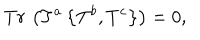
T r \, \left( T ^ { a } \left\{ T ^ { b } , T ^ { c } \right\} \right) = 0 ,